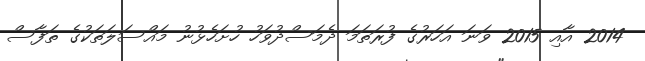
2014 އާއި 2015 ވަނަ އަހަރުގެ ފުރަތަމަ ދެމަސްދުވަހު ހުށަހެޅުނު މައްސަލަތަކުގެ ތަފާސް